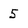
Character: 5